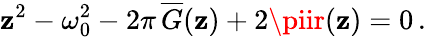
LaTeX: \mathbf{z}^{2}-\omega_{0}^{2}-2\pi\, \overline{{{{G}}}}(\mathbf{z})+2\piir(\mathbf{z})=0\, .